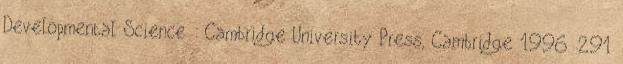
Developmental Science : Cambridge University Press, Cambridge 1996. 291